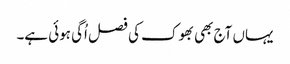
یہاں آج بھی بھوک کی فصل اُگی ہوئی ہے۔